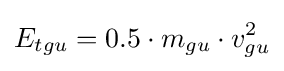
E_{tgu}=0.5\cdot m_{gu}\cdot v_{gu}^{2}